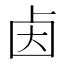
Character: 𰆃